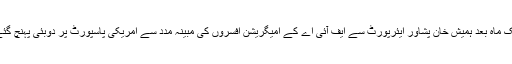
ایک ماہ بعد ہمیش خان پشاور ایئرپورٹ سے ایف آئی اے کے امیگریشن افسروں کی مبینہ مدد سے امریکی پاسپورٹ پر دوبئی پہنچ گئے۔